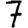
Digit: 7